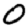
Digit: 0